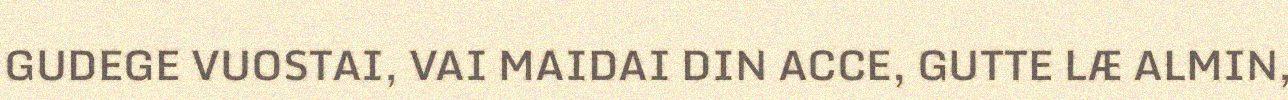
GUDEGE VUOSTAI, VAI MAIDAI DIN ACCE, GUTTE LÆ ALMIN,